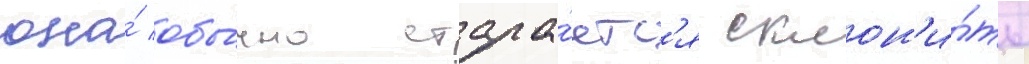
она́ обы́чно стара́етс'я склон'и́ть